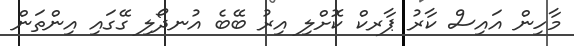
މާހިން އައިސް ކާރު ޕާރކް ކޮށްލި އިރު ބޭބެ އުނދޯލި ގޭގައި އިންތަން